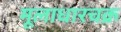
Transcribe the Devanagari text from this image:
मूलाधारचक्र